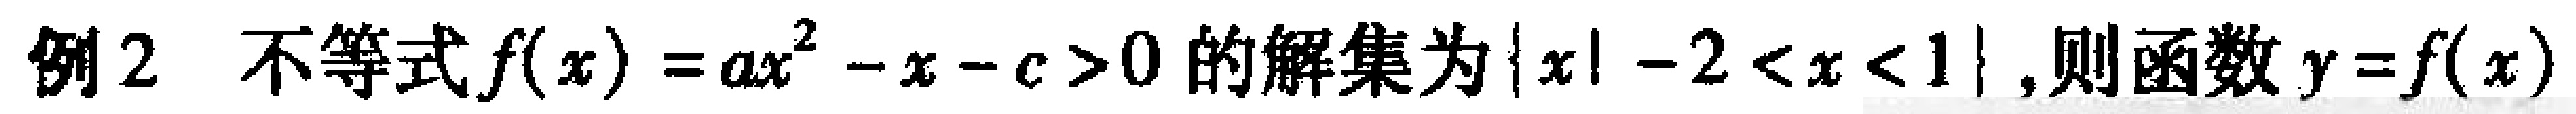
例2 不等式\(f(x)=ax^{2}-x - c>0\)的解集为\(\{x\mid - 2<x<1\}\),则函数\(y = f(x)\)